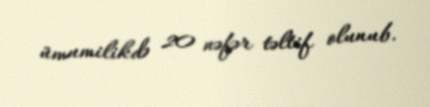
ümumilikdə 20 nəfər təltif olunub.